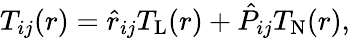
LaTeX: T_{ij}(r)=\hat{r}_{ij}T_{\mathrm{L}}(r)+\hat{P}_{ij}T_{\mathrm{N}}(r),